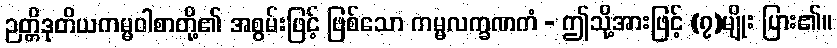
ဉတ္တိဒုတိယကမ္မဝါစာတို့၏ အစွမ်းဖြင့် ဖြစ်သော ကမ္မလက္ခဏကံ - ဤသို့အားဖြင့် (၇)မျိုး ပြား၏။